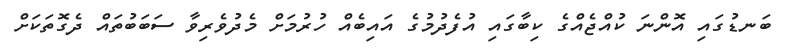
ބަނޑުގައި އޮންނަ ކުއްޖެއްގެ ކިބާގައި އުފެދުމުގެ އައިބެއް ހުރުމަށް މެދުވެރިވާ ސަބަބުތައް ދެގޮތަކަށް